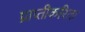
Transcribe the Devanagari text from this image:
प्राप्तीकरिता